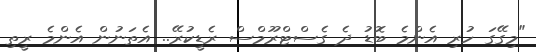
"މިގޭގަ ހުރި އެންމެ ބޮޑު ދެ ގެސްޓްރޫމްސް ރެޑީކުރޭ.. އެތަނުން އެންމެ ރީތި